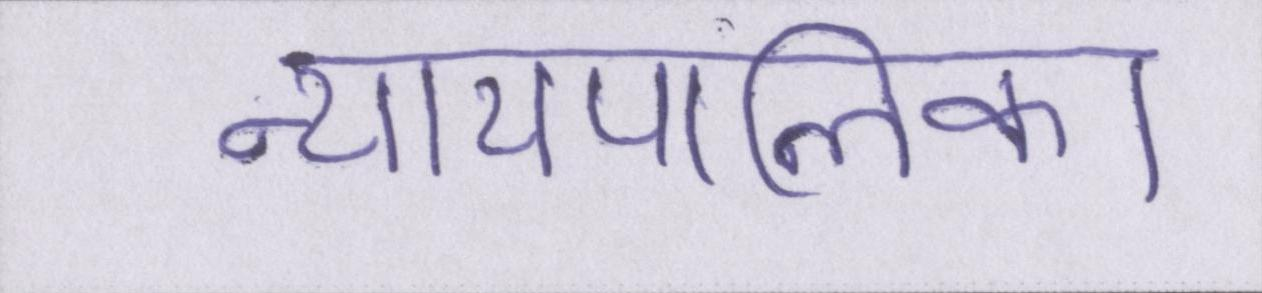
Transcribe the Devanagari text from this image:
न्यायपालिका